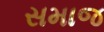
સમાજ